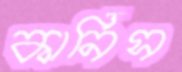
কার্নিস